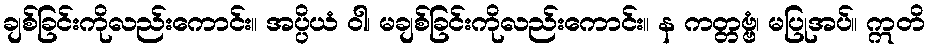
ချစ်ခြင်းကိုလည်းကောင်း။ အပ္ပိယံ ဝါ၊ မချစ်ခြင်းကိုလည်းကောင်း။ န ကတ္တဗ္ဗံ၊ မပြုအပ်။ ဣတိ